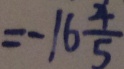
= - 1 6 \frac { 4 } { 5 }